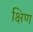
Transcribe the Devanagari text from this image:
क्षिण